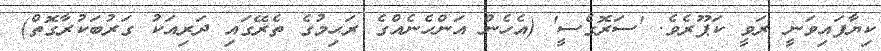
ކިޔާފައިވަނީ ރަވީ ކަޕޫރެވެ. 'ސަރޮގެސީ' (އެހެން އަންހެނެއްގެ ރަޙިމުގެ ތެރޭގައި ދަރިއަކު ގަރުބަކުރާގޮތް)